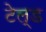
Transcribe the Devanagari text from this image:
टेल्ड